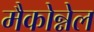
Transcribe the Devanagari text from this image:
मैकोन्नेल